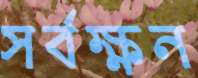
সর্বক্ষন